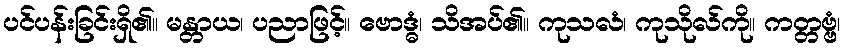
ပင်ပန်းခြင်းရှိ၏။ မန္တာယ၊ ပညာဖြင့်။ ဗောဒ္ဓံ၊ သိအပ်၏။ ကုသလံ၊ ကုသိုလ်ကို။ ကတ္တဗ္ဗံ၊